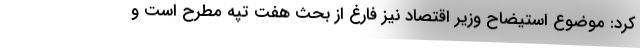
کرد: موضوع استیضاح وزیر اقتصاد نیز فارغ از بحث هفت تپه مطرح است و